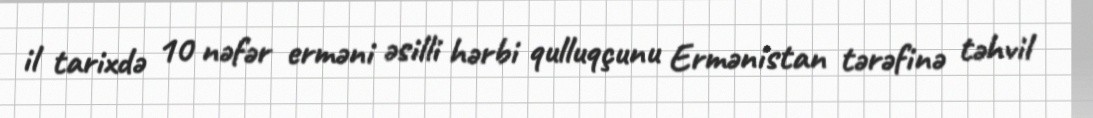
il tarixdə 10 nəfər erməni əsilli hərbi qulluqçunu Ermənistan tərəfinə təhvil